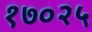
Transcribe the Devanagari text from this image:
१७०२५